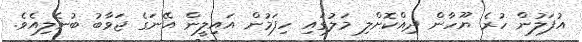
އުފަލުން ހުރެ ޔޫހާން ދިއްކޮށްލި މަލުގައި ހިފަމުން އައިލީން އޭނަގެ ޖަވާބު ބުނެލިއެވެ.